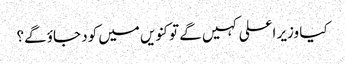
کیا وزیر اعلی کہیں گے تو کنویں میں کود جاؤ گے؟